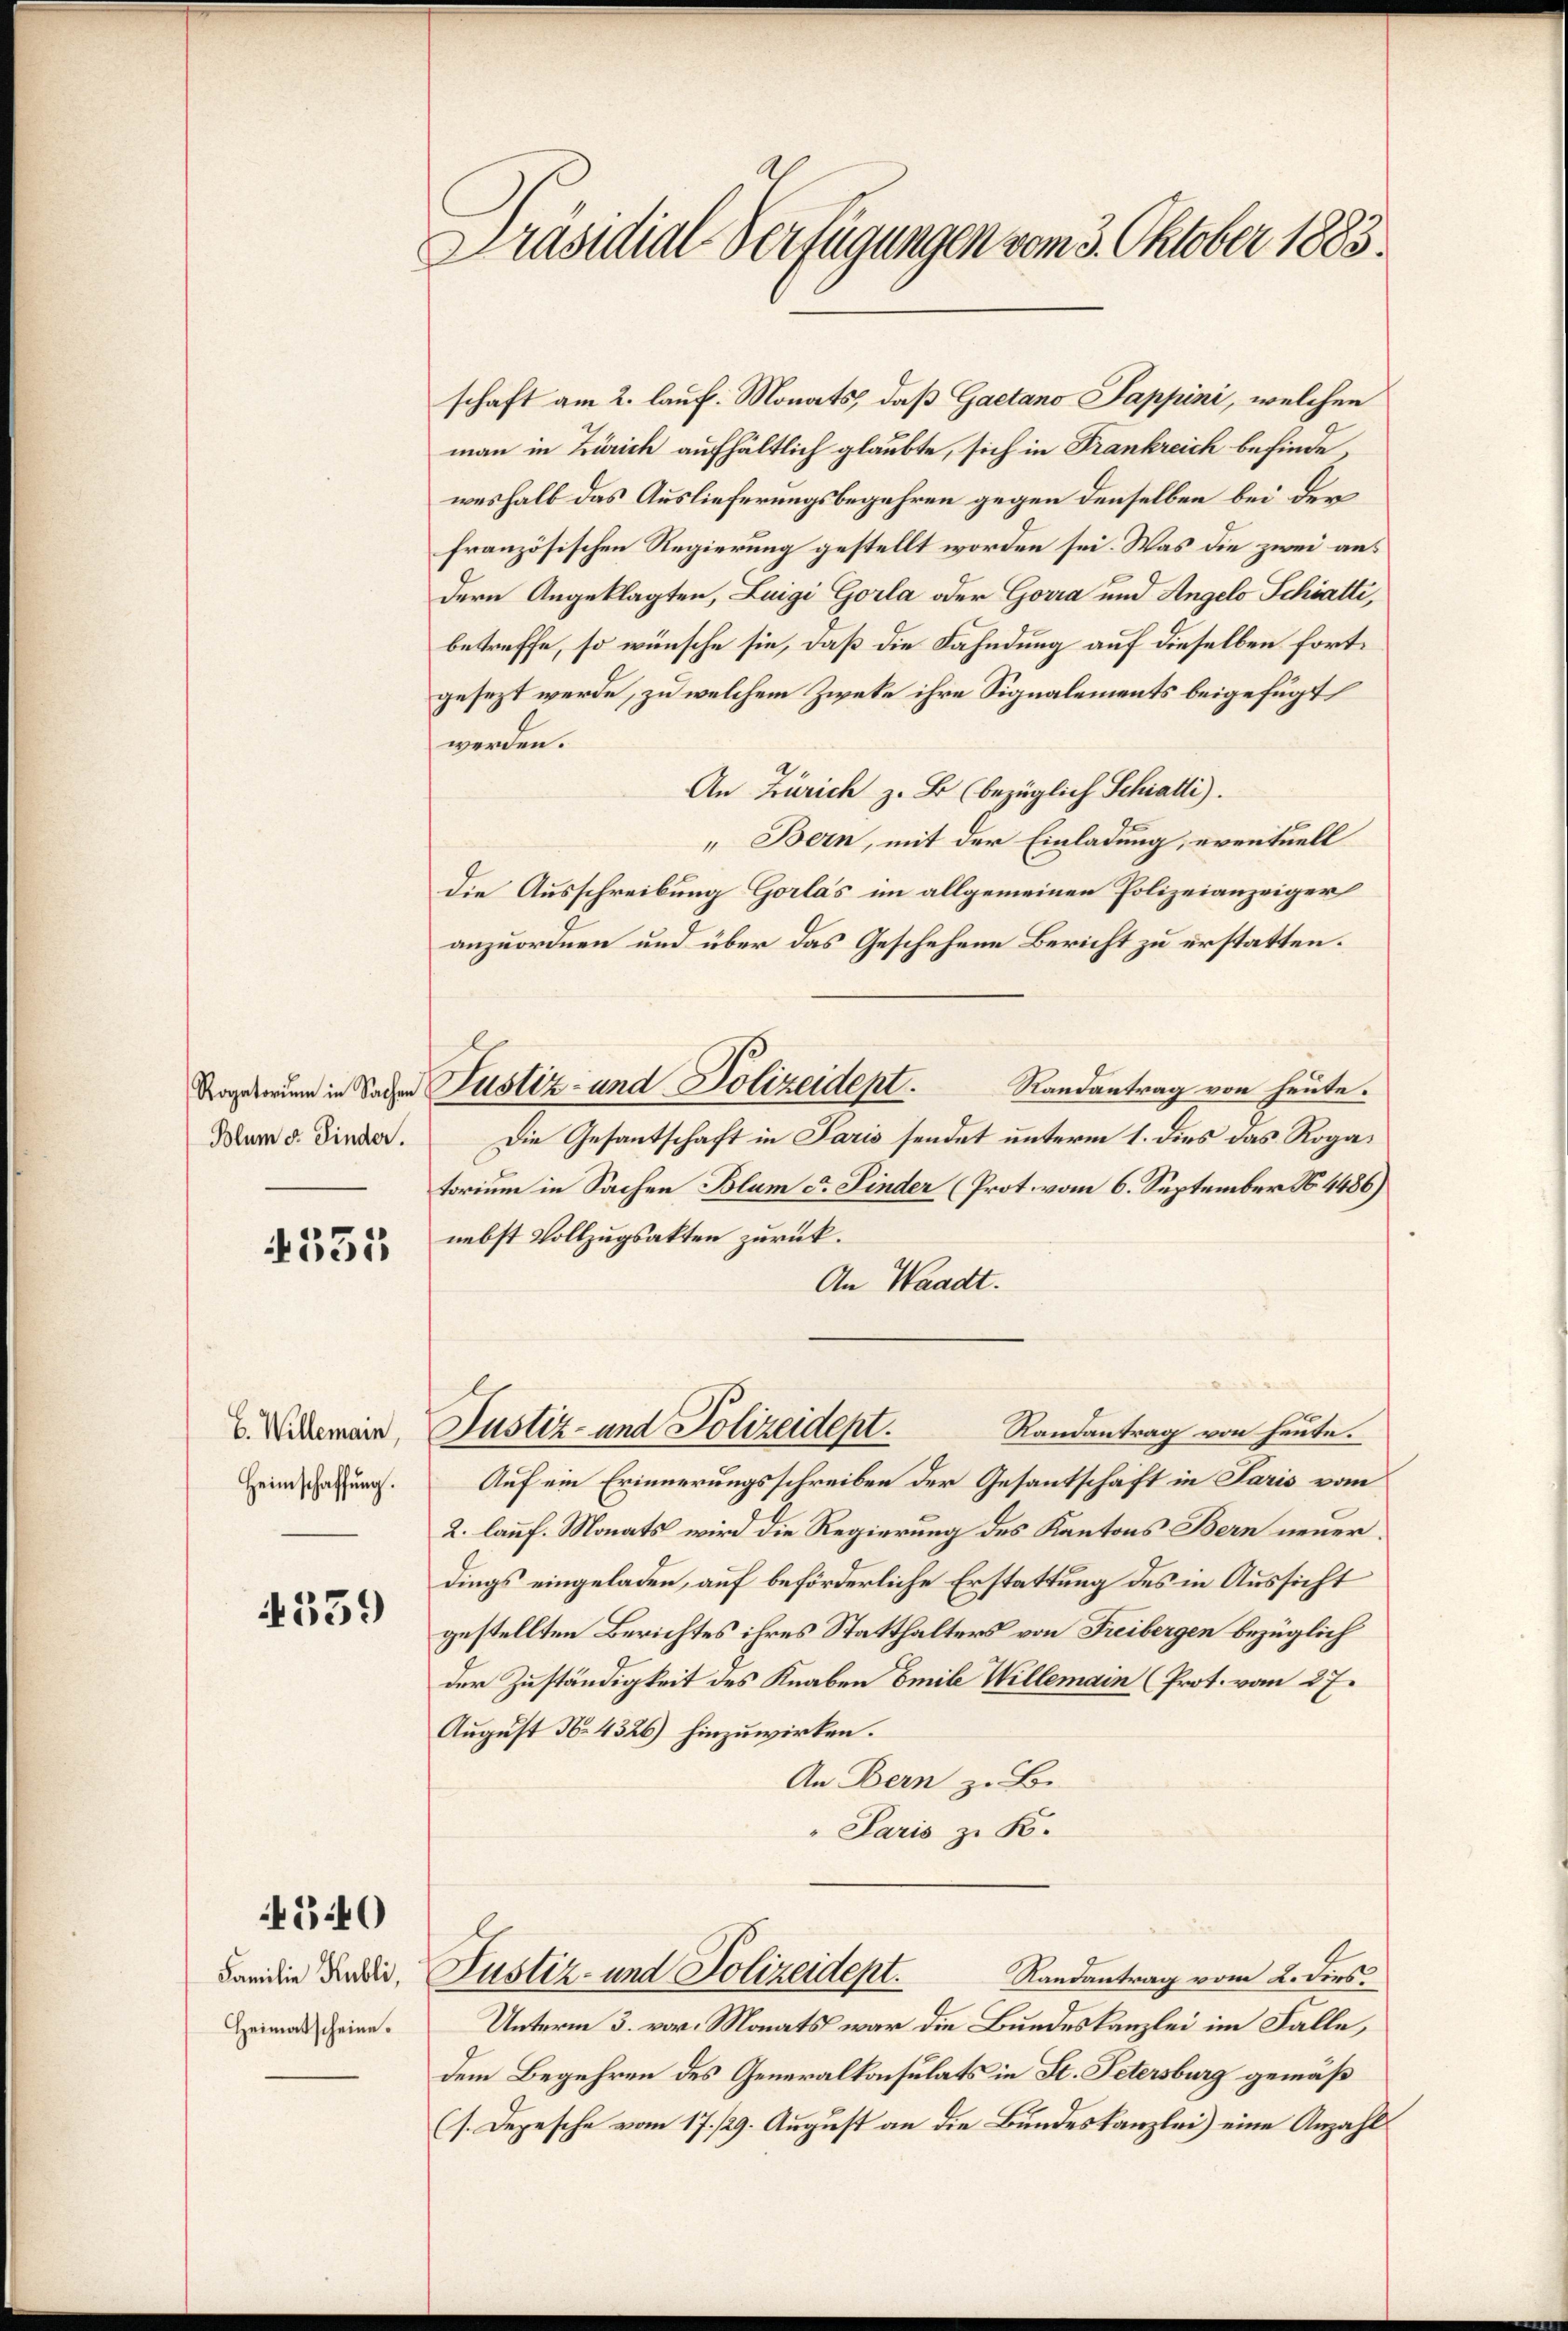
Blum d. Finder.

531

B. Willemain,
Heimschaffung.

4339

4540

Familie Publi,
Heimatscheine.

Präsidial-Verfügungen vom 3. Oktober 1883.

schaft am 2. lauf. Monats, daß Gaetano Fappini, welchen
man in Zürich aufhältlich glaubte, sich in Frankreich befindeweshalb das Auslieferungsbegehren gegen denselben bei derfranzösischen Regierung gestellt worden sei. Was die zwei aus
dern Angeklagten, Luigi Gorla oder Gorra und Angelo Schratti,
betreffe, so wünsche sie, daß die Fahndung auf dieselben fortgesezt werde, zu welchem Zweke ihre Signalements beigefügt
werden.
An Zürich z. B. (bezüglich Schiatti).
„Bern, mit der Einladung, eventuell
die Ausschreibung Gorlas im allgemeinen Polizeianzeiger
anzuordnen und über das Geschehene Bericht zu erstatten.
Randantrag von heute.
Die Gesantschaft in Paris sendet unterm 1. dies das Rogatorium in Sachen Blum ca Finder (Prot. vom 6. September No. 4486)
nebst Vollzugsakten zurück.
An Waadt.
Justiz- und Polizeidept.
Randantrag von heute.
Auf ein Erinnerungsschreiben der Gesantschaft in Paris vom
2. lauf. Monats wird die Regierung des Kantons Bern neuerdings eingeladen, auf beförderliche Erstattung des in Aussicht
gestellten Berichtes ihres Statthalters von Freibergen bezüglich
der Zuständigkeit des Knaben Emil Willemain (Prot. vom 27.
August No. 4326) hinzuwirken.
An Bern z. B.
" Paris zu K.

Tagierung in Sachen Justiz- und Polizeident.

Justiz- und Polizeidept.

Randantrag vom 2. dies
Unterm 3. vor. Monats war die Bundeskanzlei im Falle,
dem Begehren des Generalkonsulats in St. Petersburg gemäß
(s. Depesche vom 17./29. August an die Bundeskanzlei) eine Anzahl